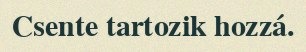
Csente tartozik hozzá.